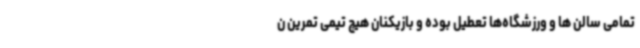
تمامی سالن ها و ورزشگاه‌ها تعطیل بوده و بازیکنان هیچ تیمی تمرین ن